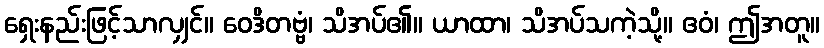
ရှေးနည်းဖြင့်သာလျှင်။ ဝေဒိတဗ္ဗံ၊ သိအပ်၏။ ယာထာ၊ သိအပ်သကဲ့သို့။ ဧဝံ၊ ဤအတူ။